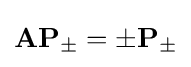
{\mathbf {AP}}_{\pm }=\pm {\mathbf {P}}_{\pm }